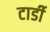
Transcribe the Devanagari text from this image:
टार्डी